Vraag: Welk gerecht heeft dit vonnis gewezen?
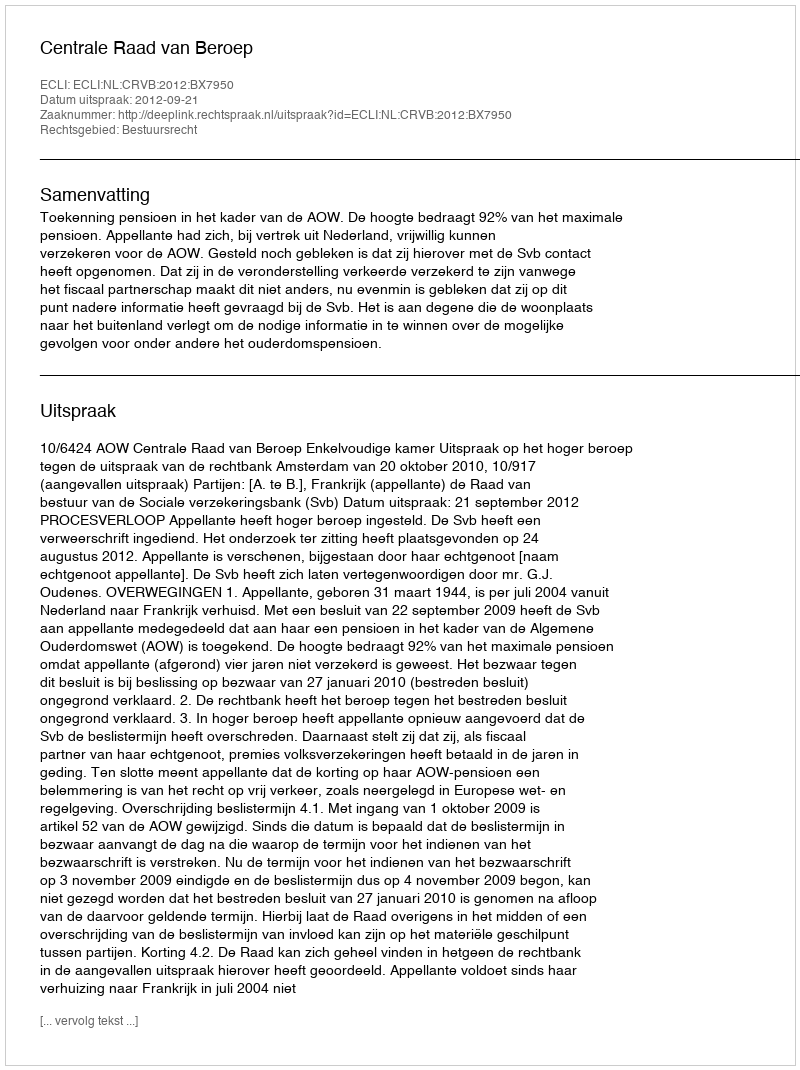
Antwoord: Centrale Raad van Beroep